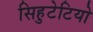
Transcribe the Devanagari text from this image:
सिहुटेटियो